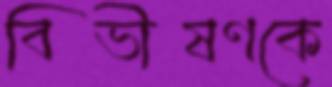
বিভীষণকে